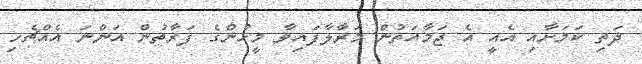
ދަތި ކަމަށާއި އެއީ އެ ޖަމާއަތުން މަރާލާފައިވާ މީހުންގެ ފަރާތުން އަންނަ އެއްޗެހި